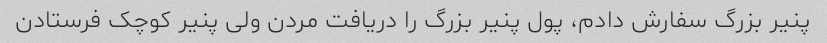
پنیر بزرگ سفارش دادم، پول پنیر بزرگ را دریافت مردن ولی پنیر کوچک فرستادن